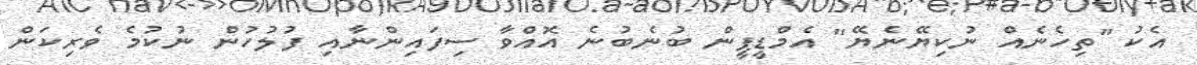
އެކު "ތިހެނެއް ނުކިޔޭނެޔޭ" އެމްޑީޕީން ބުނެބުނެ އޮއްވާ ސިފައިންނާއި ފުލުހުން ނުކުމެ ވެރިކަން